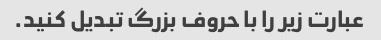
عبارت زیر را با حروف بزرگ تبدیل کنید.